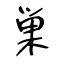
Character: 巣